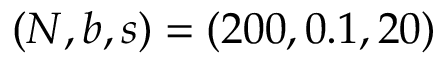
( N , b , s ) = ( 2 0 0 , 0 . 1 , 2 0 )